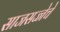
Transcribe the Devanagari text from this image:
साजसज्जेचे